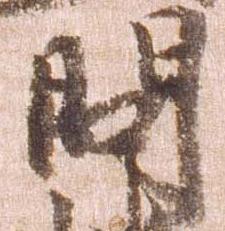
問